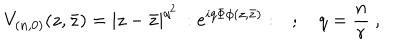
V _ { ( n , 0 ) } ( z , \bar { z } ) = | z - \bar { z } | ^ { q ^ { 2 } } \, : e ^ { i q \Phi \phi ( z , \bar { z } ) } : \quad ; \quad q = \frac { n } { r } \ ,